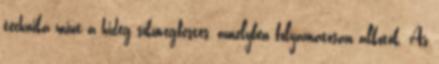
technika mint a hideg síküvegfestés, amelyben folyamatosan alkotok. Az